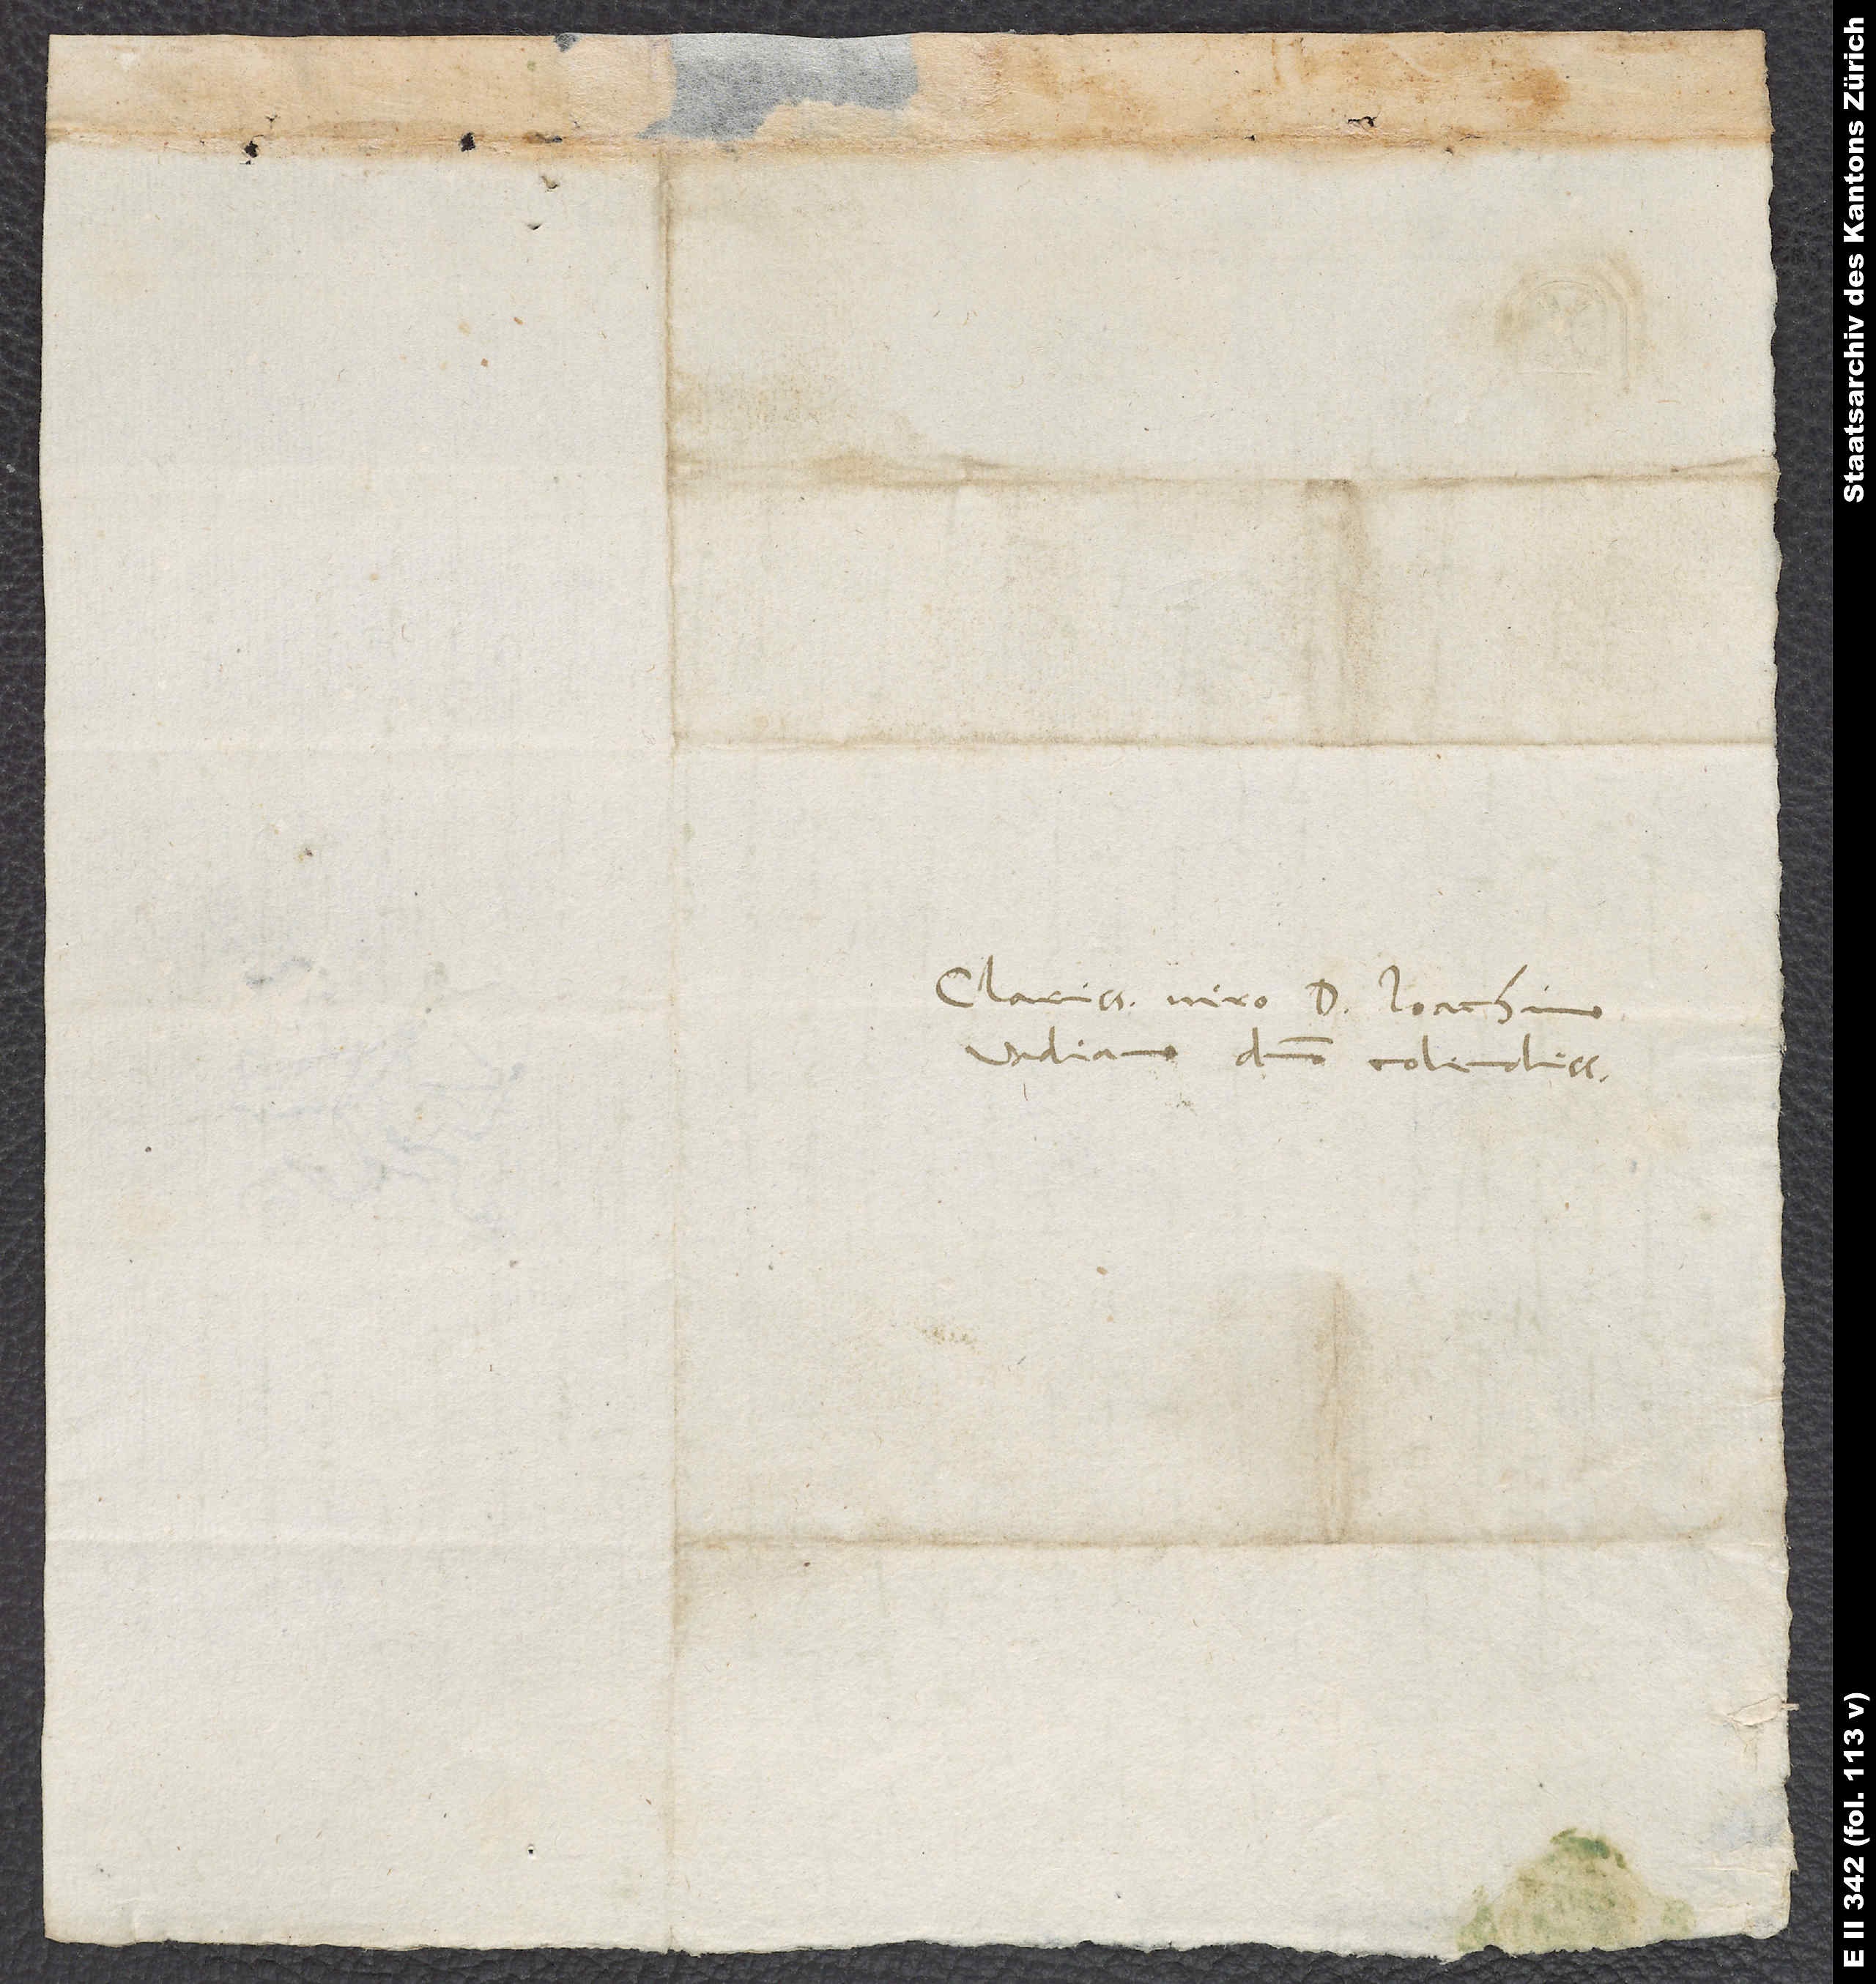
Clarissimo viro D. Ioachimo
Vadi ano, domino colendissimo.